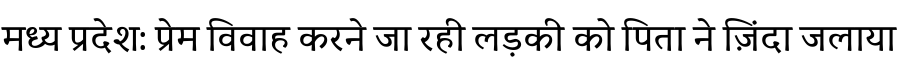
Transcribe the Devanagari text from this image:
मध्य प्रदेश: प्रेम विवाह करने जा रही लड़की को पिता ने ज़िंदा जलाया